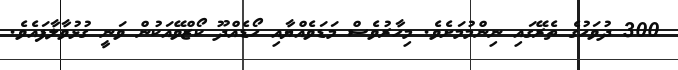
300 ދުވަހުގެ ތެރޭގައި ނިންމުމަށެވެ. މިހާރުވެސް މަޑަވެއްޔާއި ހޯޑެއްދޫ ކޯޒްވޭއަކުން ވަނީ ގުޅުވާލާފައެވެ.